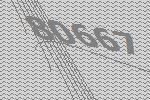
80667